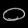
Digit: ၀